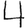
Digit: 4